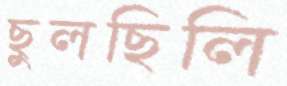
ছুলছিলি